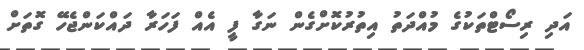
އަދި ރިސޯޓްތަކުގެ މުއްދަތު އިތުރުކޮށްގެން ނަގާ ފީ އެއް ފަހަރާ ދައްކަންޖެހޭ ގޮތަށް